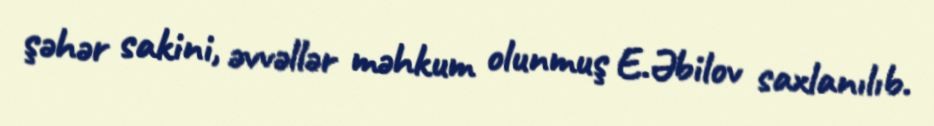
şəhər sakini, əvvəllər məhkum olunmuş E.Əbilov saxlanılıb.